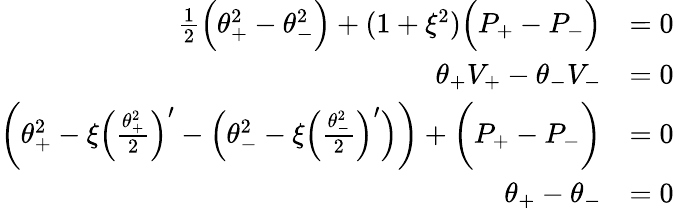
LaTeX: \begin{array}{rl}{\frac{1}{2}\Big(\theta_{+}^{2}-\theta_{-}^{2}\Big)+(1+\xi^{2})\Big(P_{+}-P_{-}\Big)}&{=0}\\ {\theta_{+}V_{+}-\theta_{-}V_{-}}&{=0\ }\\ {\bigg(\theta_{+}^{2}-\xi\Big(\frac{\theta_{+}^{2}}{2}\Big)^{\prime}-\Big(\theta_{-}^{2}-\xi\Big(\frac{\theta_{-}^{2}}{2}\Big)^{\prime}\Big)\bigg)+\bigg(P_{+}-P_{-}\bigg)}&{=0}\\ {\theta_{+}-\theta_{-}}&{=0}\end{array}